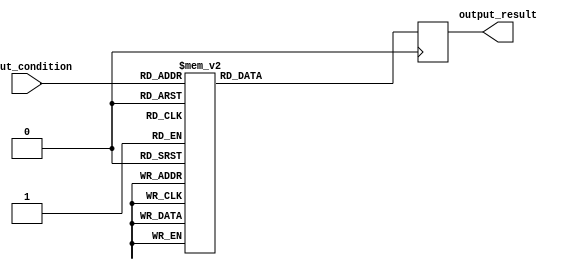
module parallel_case_statement (
    input [2:0] input_condition,
    output reg [3:0] output_result
);

always @ (posedge clk) begin
    case(input_condition)
        3'b000: output_result <= 4'b0000; // Case 0
        3'b001: output_result <= 4'b0001; // Case 1
        3'b010: output_result <= 4'b0010; // Case 2
        3'b011: output_result <= 4'b0011; // Case 3
        3'b100: output_result <= 4'b0100; // Case 4
        3'b101: output_result <= 4'b0101; // Case 5
        3'b110: output_result <= 4'b0110; // Case 6
        3'b111: output_result <= 4'b0111; // Case 7
    endcase
end

endmodule